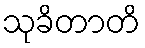
သုခိတာတိ